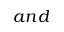
a n d